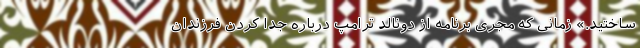
ساختید.» زمانی که مجری برنامه از دونالد ترامپ درباره جدا کردن فرزندان